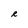
Character: R